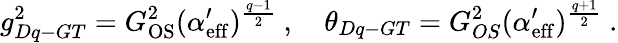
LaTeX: g_{Dq-GT}^{2}=G_{\mathrm{OS}}^{2}(\alpha_{\mathrm{eff}}^{\prime})^{\frac{q-1}{2}}\ ,\quad\theta_{Dq-GT}=G_{OS}^{2}(\alpha_{\mathrm{eff}}^{\prime})^{\frac{q+1}{2}}\ .